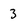
Character: 3